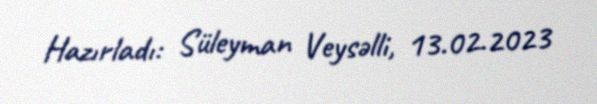
Hazırladı: Süleyman Veysəlli, 13.02.2023